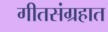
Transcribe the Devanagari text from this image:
गीतसंग्रहात